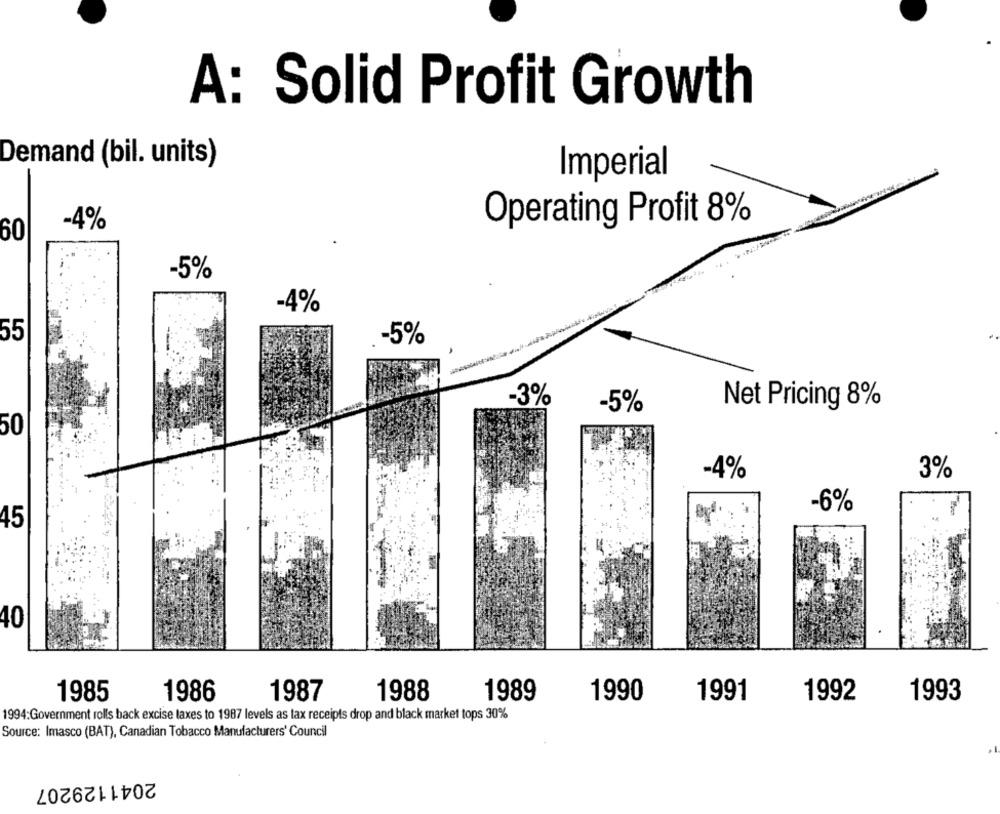
A: Solid Profit Growth
Demand (bil. units)
Imperial
Operating Profit 8%
-4%
60
-5%
-4%
55
-5%
-3%
-5%
Net Pricing 8%
50
-4%
3%
-6%
45
40
1985
1986
1987
1988
1989
1990
1991
1992
1993
1994:Government rolls back excise taxes to 1987 levels as tax receipts drop and black market tops 30%
Source: Imasco (BAT), Canadian Tobacco Manufacturers' Council
2041129207